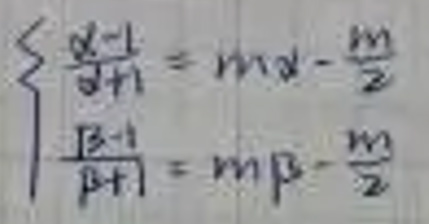
\[
\begin{cases}
\frac{\alpha - 1}{\alpha + 1}=m\alpha-\frac{m}{2}\\
\frac{\beta - 1}{\beta + 1}=m\beta-\frac{m}{2}
\end{cases}
\]